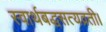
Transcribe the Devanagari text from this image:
स्वार्थबद्धसत्यव्रती।